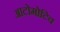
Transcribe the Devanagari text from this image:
आटोमोटिव